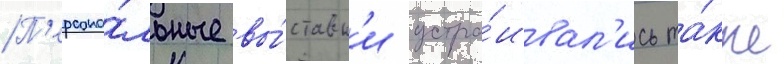
П'ерсона́льные вы́ставк'и устра́ивал'ись та́кже